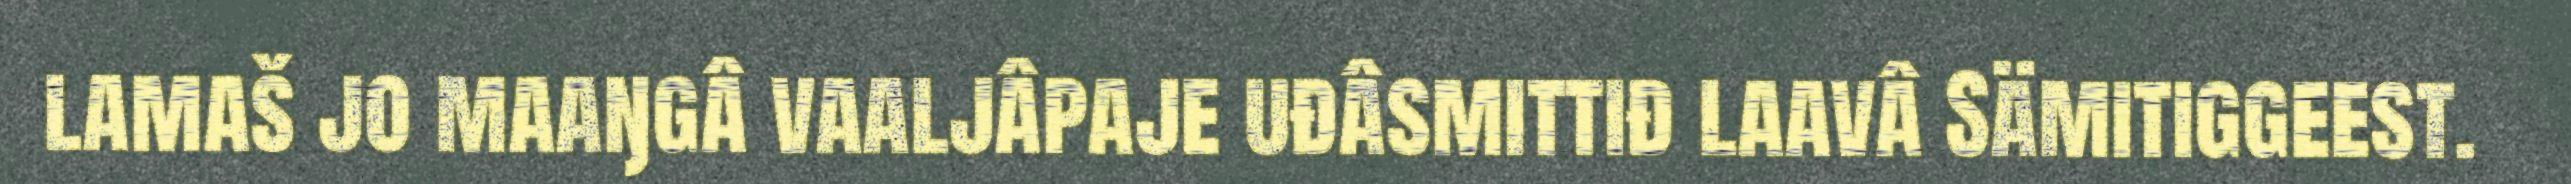
lamaš jo maaŋgâ vaaljâpaje uđâsmittiđ laavâ Sämitiggeest.